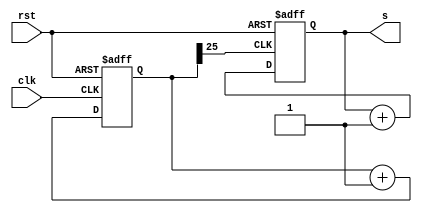
`timescale 1ns / 1ps
//////////////////////////////////////////////////////////////////////////////////
// Company: 
// Engineer: 
// 
// Design Name: 
// Module Name: counter
// Project Name: 
// Target Devices: 
// Tool Versions: 
// Description: 
// 
// Dependencies: 
// 
// Revision:
// Revision 0.01 - File Created
// Additional Comments:
// 
//////////////////////////////////////////////////////////////////////////////////


module counter(s, clk, rst
    );
	 
	 input clk, rst;
	 output [3:0] s;
	 reg [3:0] s;
	 reg [25:0] counter;
	 wire clkslow;
	 
	 always@(posedge clk or posedge rst)
	 begin
	   if(rst) counter <= 0;
	   else counter <= counter + 1;	
	 end
	   
		assign clkslow = counter[25];
	 
	 always @(posedge clkslow or posedge rst)
	 begin
	   if(rst)
		  s <= 4'b0;
		else
        s <= s + 1;	
	 end


endmodule